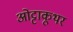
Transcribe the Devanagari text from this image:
ओट्टाकूथर